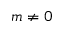
m \neq 0